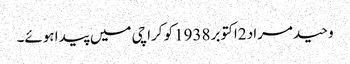
وحید مراد 2اکتوبر 1938کو کراچی میں پیدا ہوئے۔